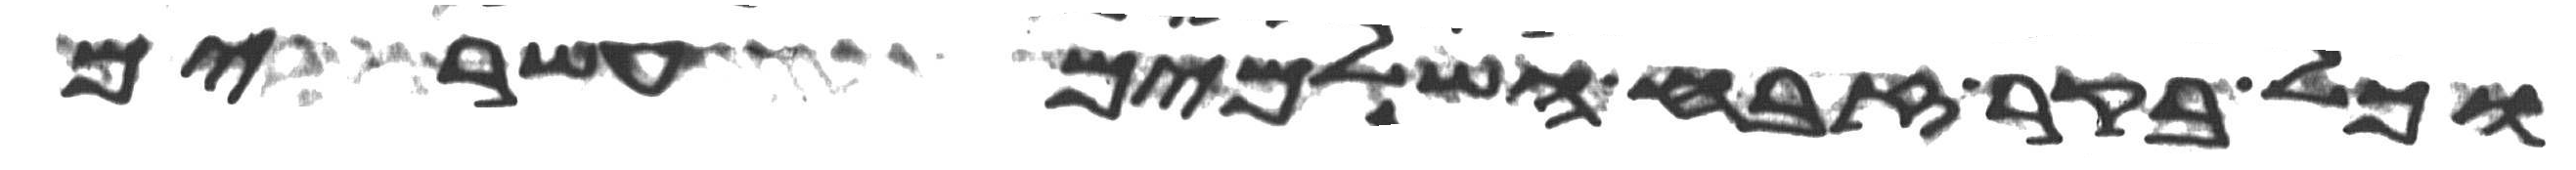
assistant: וכל בקר זבח השלמים עשרים